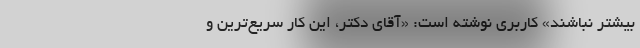
بيشتر نباشند» کاربری نوشته است: «‌آقای دکتر، این کار سریع‌ترین و